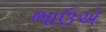
ભાઉએ